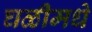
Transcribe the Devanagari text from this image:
घळीमधे